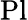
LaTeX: \mathrm{Pl}